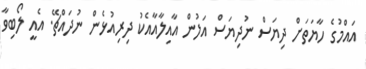
އައްމުގެ ހާޔަތަށް ދިޔަސް ނުދިޔަސް އަލުން އާއިލާއާއެކު ދިރިއުޅެން ނުދައްޗޭ. އެއީ ލޯބިވާ